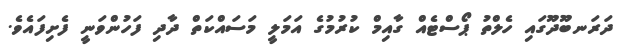
ދަރަނބޫދޫގައި ހެލްތު ޕޯސްޓެއް ގާއިމް ކުރުމުގެ އަމަލީ މަސައްކަތް ދާދި ފަހުންވަނީ ފެށިފައެވެ.